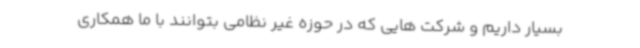
بسیار داریم و شرکت هایی که در حوزه غیر نظامی بتوانند با ما همکاری